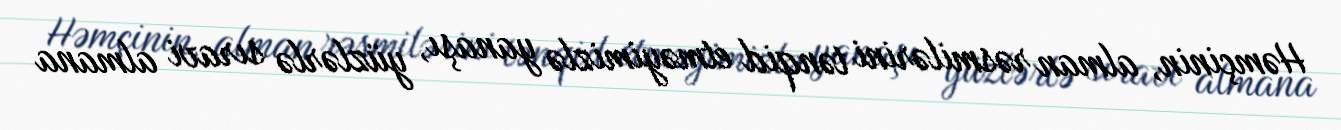
Həmçinin, alman rəsmilərini tənqid etməyimizlə yanaşı, yüzlərlə sıravi almana